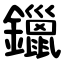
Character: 鑞